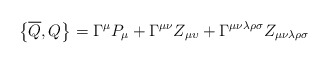
\begin{align*}\left\{ \overline{Q},Q\right\} =\Gamma ^{\mu }P_{\mu }+\Gamma ^{\mu \nu}Z_{\mu \upsilon }+\Gamma ^{\mu \nu \lambda \rho \sigma }Z_{\mu \nu \lambda\rho \sigma } \end{align*}